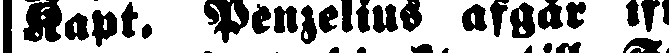
kapt. Penzelius afgår lfr.